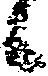
候